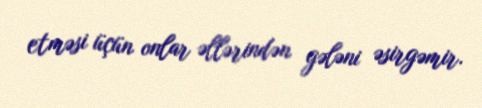
etməsi üçün onlar əllərindən gələni əsirgəmir.